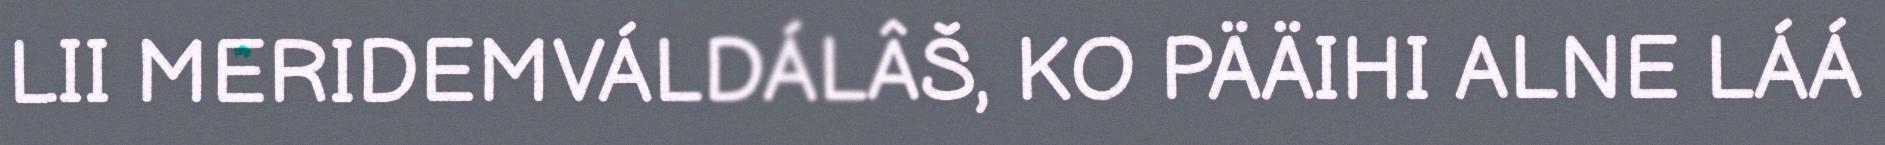
LII MERIDEMVÁLDÁLÂŠ, KO PÄÄIHI ALNE LÁÁ